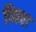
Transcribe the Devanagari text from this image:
पिछरा